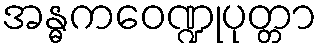
အန္ဓကဝေဏ္ဍုပုတ္တာ